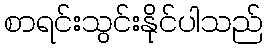
စာရင်းသွင်းနိုင်ပါသည်